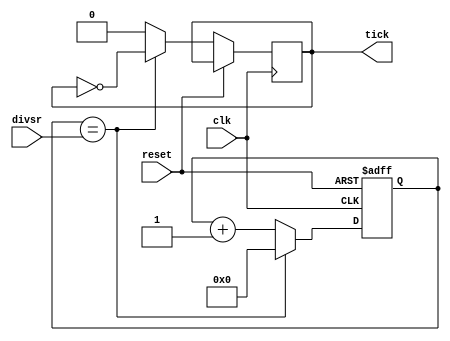
module baud_gen(
  input clk,reset,
  input [10:0] divsr,//max baudrate 9600 as div =650
  output reg tick
  );
  reg [10:0] count=11'b0;
  always@(posedge clk,posedge reset)
  begin
  if(reset)
    count=0;
  else
    begin
    if(count==divsr)
      begin
        count=0;
        tick=~tick;
      end
    else
      begin
        count=count+1;
        tick=0;
      end
    end
  end
endmodule